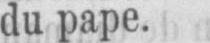
du pape.